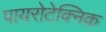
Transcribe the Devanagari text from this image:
पायरोटेक्निक